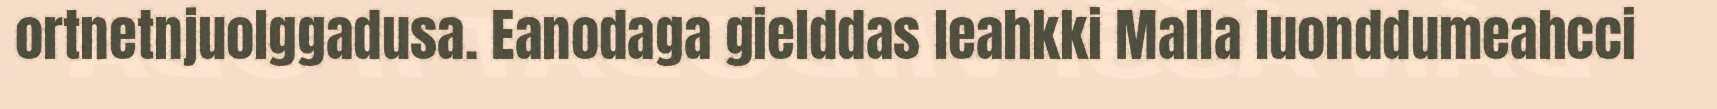
ortnetnjuolggadusa. Eanodaga gielddas leahkki Malla luonddumeahcci